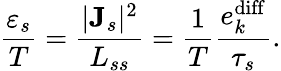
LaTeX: \frac{\varepsilon_{s}}{T}=\frac{|{\mathbf J}_{s}|^{2}}{L_{ss}}=\frac{1}{T}\frac{e_{k}^{\mathrm{diff}}}{\tau_{s}}.